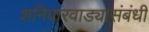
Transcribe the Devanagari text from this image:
शनिवारवाड्यासंबंधी